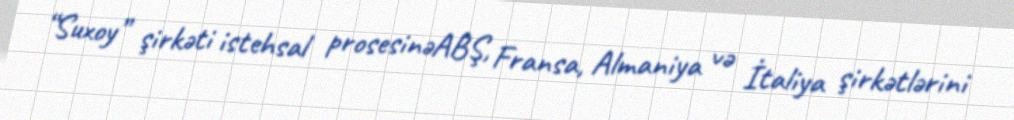
“Suxoy” şirkəti istehsal prosesinəABŞ, Fransa, Almaniya və İtaliya şirkətlərini